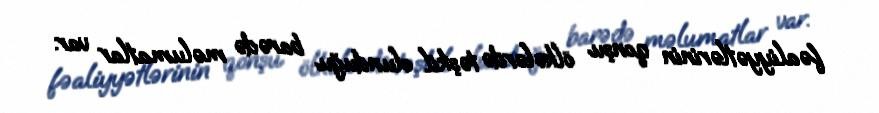
fəaliyyətlərinin qonşu ölkələrdə təşkil olunduğu barədə məlumatlar var.